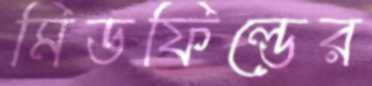
মিডফিল্ডের